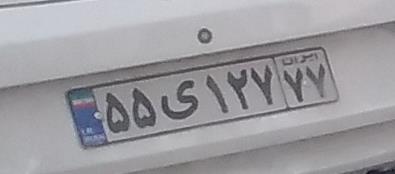
۵۵ی۱۲۷۷۷